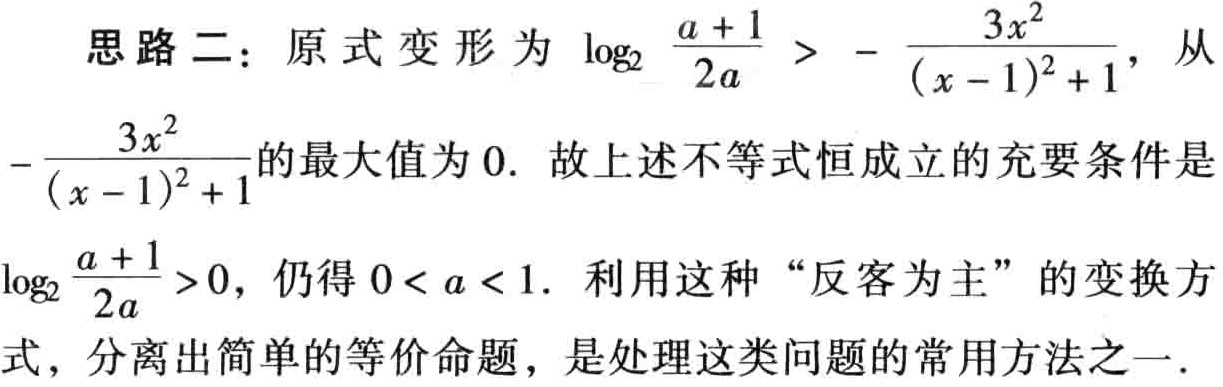
思路二：原式变形为\(\log_2\frac{a + 1}{2a}>-\frac{3x^2}{(x - 1)^2 + 1}\)，从\(-\frac{3x^2}{(x - 1)^2 + 1}\)的最大值为\(0\). 故上述不等式恒成立的充要条件是\(\log_2\frac{a + 1}{2a}>0\)，仍得\(0 < a < 1\). 利用这种“反客为主”的变换方式，分离出简单的等价命题，是处理这类问题的常用方法之一.